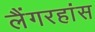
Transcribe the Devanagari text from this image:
लैंगरहांस